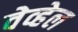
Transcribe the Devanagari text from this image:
वेव्हेल